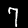
Digit: 7